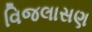
વિજલાસણ